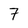
Character: 7